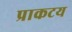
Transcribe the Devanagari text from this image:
प्राकटय